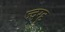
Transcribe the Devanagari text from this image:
ज्दग्हू